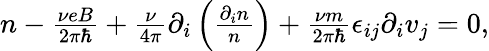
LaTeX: \begin{array}{r}{n-\frac{\nu eB}{2\pi\hbar}+\frac{\nu}{4\pi}\partial_{i}\left(\frac{\partial_{i}n}{n}\right)+\frac{\nu m}{2\pi\hbar}\epsilon_{ij}\partial_{i}v_{j}=0,}\end{array}